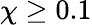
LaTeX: \chi\geq 0.1